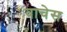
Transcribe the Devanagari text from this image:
वाचेस